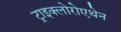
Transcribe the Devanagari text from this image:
ट्राइक्लोरोएथेन